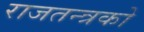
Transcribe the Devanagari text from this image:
राजतन्त्रको